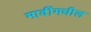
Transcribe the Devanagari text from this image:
मादींमधील